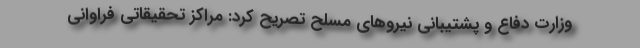
وزارت دفاع و پشتیبانی نیروهای مسلح تصریح کرد: مراکز تحقیقاتی فراوانی